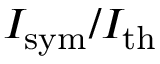
I _ { \mathrm { s y m } } / I _ { \mathrm { t h } }